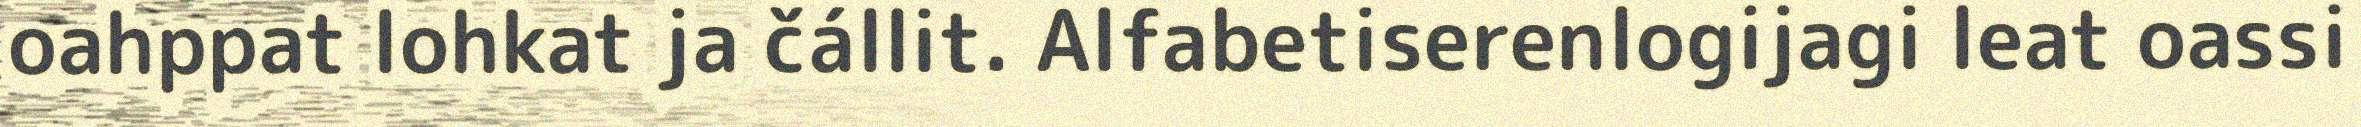
oahppat lohkat ja čállit. Alfabetiserenlogijagi leat oassi